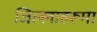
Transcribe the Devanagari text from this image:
जिल्लाहरूमा